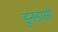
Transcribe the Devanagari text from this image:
डुनडासी